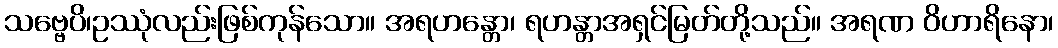
သဗ္ဗေပိ၊ဥဿုံလည်းဖြစ်ကုန်သော။ အရဟန္တော၊ ရဟန္တာအရှင်မြတ်တို့သည်။ အရဏ ဝိဟာရိနော၊